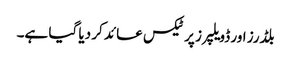
بلڈرز اور ڈویلپرز پر ٹیکس عائد کر دیا گیا ہے۔